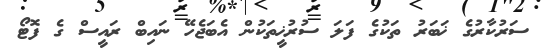
ސަރުކާރުގެ ޚަބަރު ތަކުގެ ފަލަ ސުރުޚީތަކުން އެބަޖެހޭ ނައިބް ރައީސް ގެ ފޮޓޯ